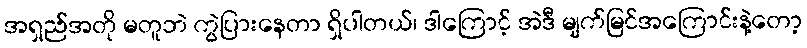
အရှည်အတို မတူဘဲ ကွဲပြားနေတာ ရှိပါတယ်၊ ဒါကြောင့် အဲဒီ မျက်မြင်အကြောင်းနဲ့တော့